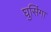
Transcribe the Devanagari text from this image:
घुसिंगा